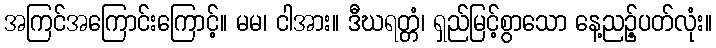
အကြင်အကြောင်းကြောင့်။ မမ၊ ငါအား။ ဒီဃရတ္တံ၊ ရှည်မြင့်စွာသော နေ့ညဉ့်ပတ်လုံး။